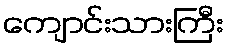
ကျောင်းသားကြီး